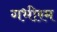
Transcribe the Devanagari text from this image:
गभीरम